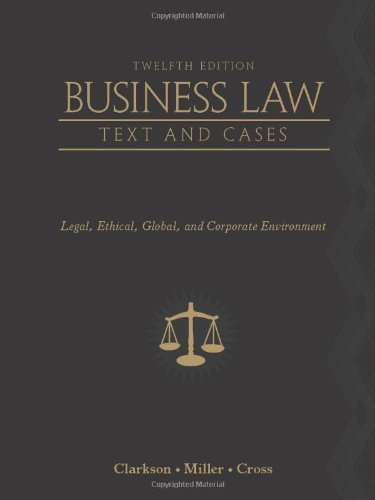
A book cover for Business Law: Text and Cases: Legal, Ethical, Global, and Corporate Environment; Kenneth W. Clarkson; Law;